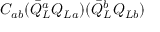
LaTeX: C _ { a b } ( \bar { Q } _ { L } ^ { a } Q _ { L a } ) ( \bar { Q } _ { L } ^ { b } Q _ { L b } )